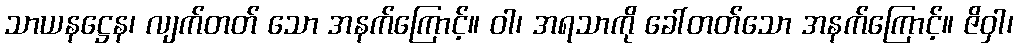
သာယနဋ္ဌေန၊ လျက်တတ် သော အနက်ကြောင့်။ ဝါ၊ အရသာကို ခေါ်တတ်သော အနက်ကြောင့်။ ဇိဝှါ၊